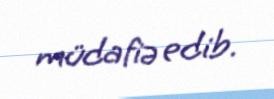
müdafiə edib.